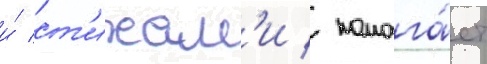
и́ ст'ихам'и / помога́ет